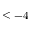
\leq - 4